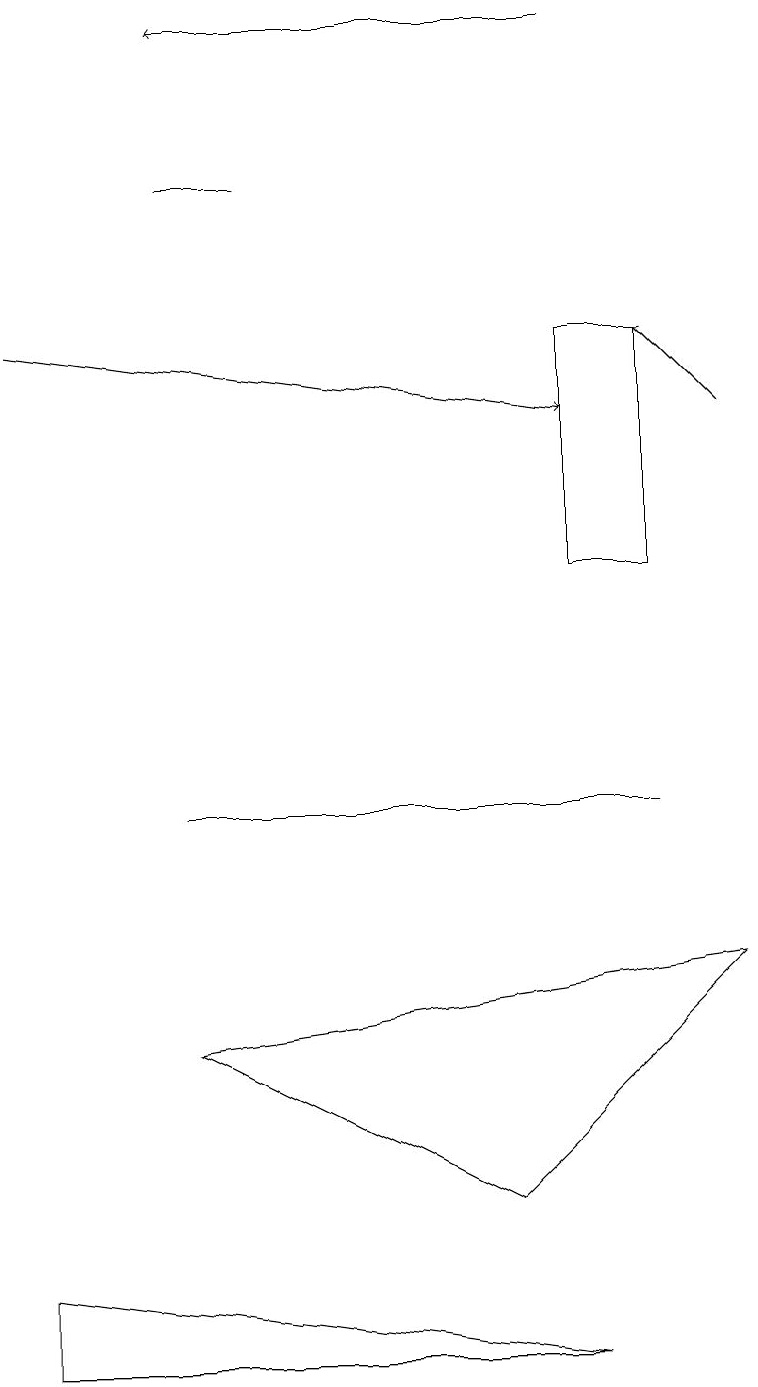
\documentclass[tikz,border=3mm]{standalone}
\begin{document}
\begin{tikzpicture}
\draw (8,7) -- (2,7) -- (7,7) -- cycle;
\draw (7,13) rectangle (8,10);
\draw (2,4) -- (6,2) -- (9,5) -- cycle;
\draw (7,0) -- (0,1) -- (0,0) -- cycle;
\draw (2,15) rectangle (3,15);
\draw[->] (9,12) -- (8,13);
\draw[->] (7,17) -- (2,17);
\draw[->] (0,13) -- (7,12);
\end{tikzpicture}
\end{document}